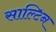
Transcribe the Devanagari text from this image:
साल्टिन